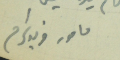
مامور فريد كرم